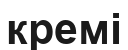
кремі